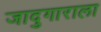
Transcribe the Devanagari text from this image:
जादुगाराला